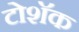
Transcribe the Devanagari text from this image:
टोशॅक